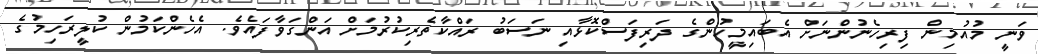
ވަނީ މުއުމިން ފިރިހެނުންނަށް އެބައިމީހުންގެ ދަރިފަސްކޮޅާއި ނަސަބު ރައްކާތެރިކުރުމަށް އަންގަވާފައެވެ. އެހެންކަމުން ކުލީރަހިމުގެ